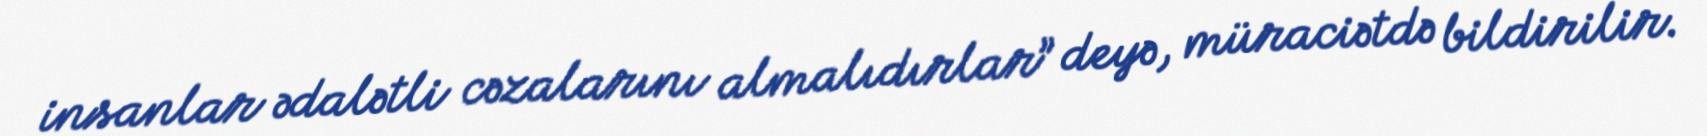
insanlar ədalətli cəzalarını almalıdırlar” deyə, müraciətdə bildirilir.